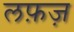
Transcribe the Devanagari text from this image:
लफ़ज़